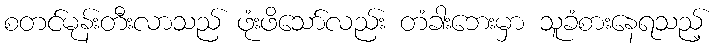
စတင်မုန်းတီးလာသည် ဖုံးဖိသော်လည်း တံခါးဘေးမှာ သူခံစားနေရသည့်